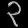
Digit: ၃